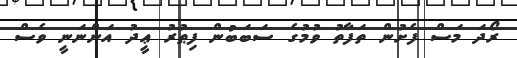
ރޯދަ މަސް ފެށުން ތަފާތު ވުމުގެ ސަބަބުން ފިޠުރު ޢީދު އަންނަނީ ވެސް